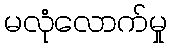
မလုံလောက်မှု